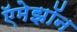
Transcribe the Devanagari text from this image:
ऍमेझॉन